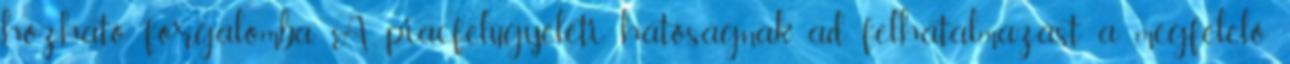
hozható forgalomba. A piacfelügyeleti hatóságnak ad felhatalmazást a megfelelő